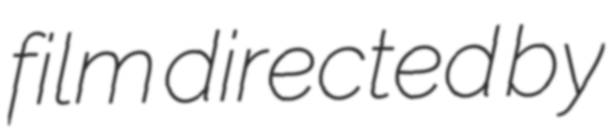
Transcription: film directed by